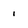
Character: i